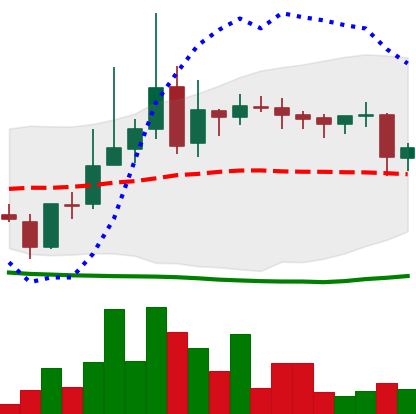
Ticker: LINK-USD
Chart end date: 2019-03-22
Forward return: 7.166%
Label: up_7plus